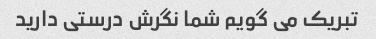
تبریک می گویم شما نگرش درستی دارید